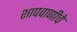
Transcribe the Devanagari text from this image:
शापवाणीचे